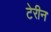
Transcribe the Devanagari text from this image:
टेरीन